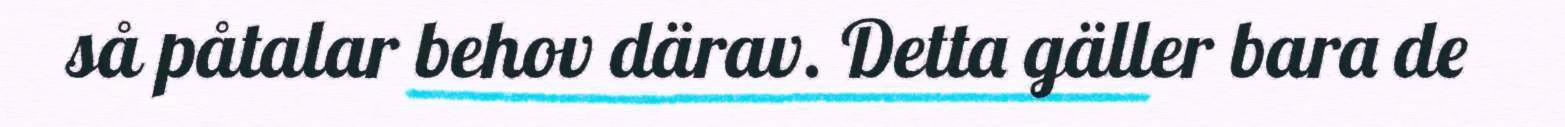
så påtalar behov därav. Detta gäller bara de